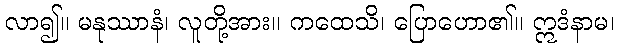
လာ၍။ မနုဿာနံ၊ လူတို့အား။ ကထေသိ၊ ပြောဟော၏။ ဣဒံနာမ၊